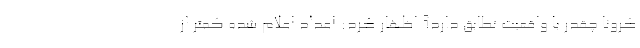
کرونا چقدر با واقعیت تطابق دارد؟ اظهار کرد: اعداد اعلام شده کمتر از